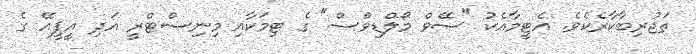
ތަޖުރިބާކާރެކެވެ. އެޓީމާއެކު "ސޭވް މޯލްޑިވްސް" ގެ ޓިމަކާއި މިނިސްޓްރީ އަދި އީޕީއޭ ގެ